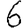
Digit: 6